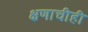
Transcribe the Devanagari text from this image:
क्षणाचीही